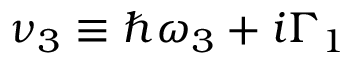
\nu _ { 3 } \equiv \hbar \omega _ { 3 } + i \Gamma _ { 1 }